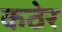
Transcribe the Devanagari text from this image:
कठेर